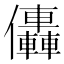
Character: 𠑭